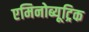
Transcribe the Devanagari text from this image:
एमिनोब्यूट्रिक